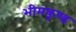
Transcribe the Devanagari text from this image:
भीमकुण्ड